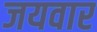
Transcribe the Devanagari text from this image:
जयवार